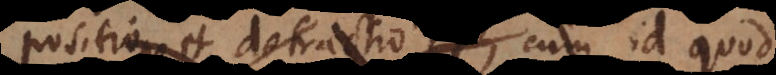
positio et detractio in aliquo